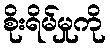
စိုးရိမ်မှုကို